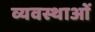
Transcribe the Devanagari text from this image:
व्यवस्थाआें